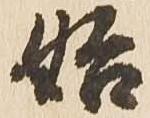
始